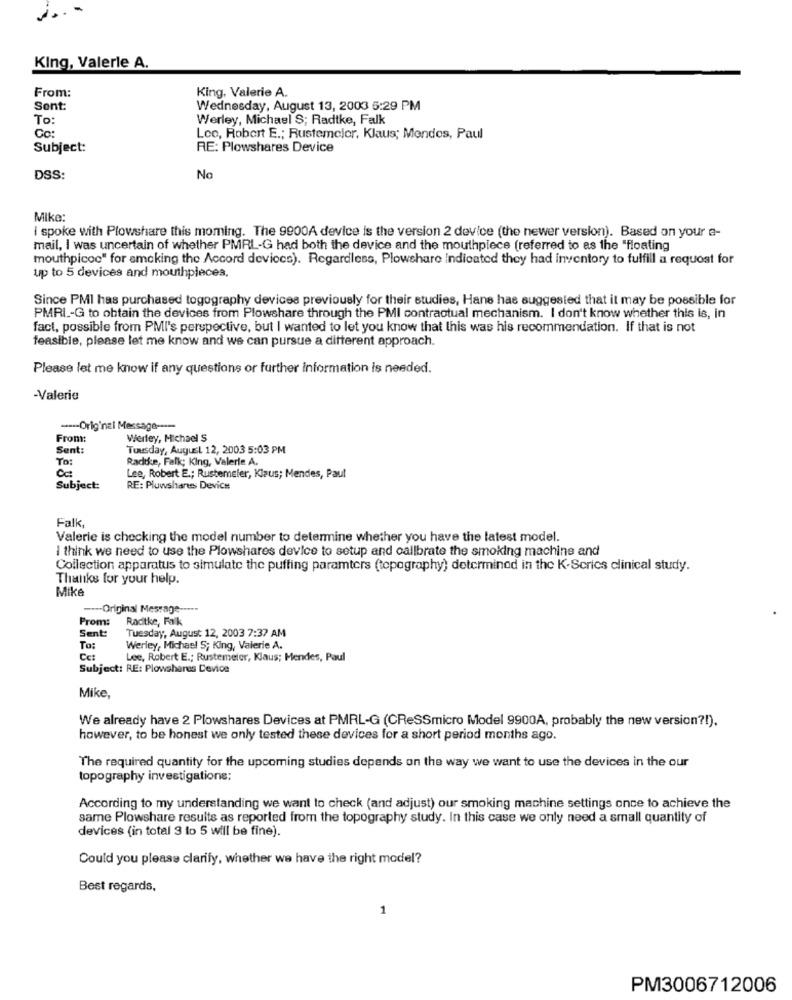
King, Valerle A.
From:
King, Valerie A.
Sent:
Wednesday, August 13, 2003 5:29 PM
To:
Werley, Michael S; Radtke, Falk
Cc:
Loo, Robert E .; Rustemeler, Klaus; Mendes, Paul
Subject:
RE: Plowshares Device
DSS:
No
Mike:
I spoke with Plowshare this moming. The 9900A device is the version 2 device (the newer version). Based on your e-
mail, I was uncertain of whether PMRL-G had both the device and the mouthpiece (referred to as the "floating
mouthpicoc" for smoking the Accord deviocs). Regardless, Plowshare indicated they had inventory to fulfill a request for
up to 5 devices and mouthpieces.
Since PMI has purchased togography devices previously for their studies, Hans has suggested that it may be possible for
PMRI .- G to obtain the devices from Plowshare through the PMI contractual mechanism. I don't know whether this is, in
fact, possible from PMI's perspective, but I wanted to let you know that this was his recommendation. If that is not
feasible, please let me know and we can pursue a different approach.
Please let me know if any questions or further information is needed.
-Valerie
----- Original Message ----
From:
Werley, Michael S
Sent:
Tuesday, August 12, 2003 5:03 PM
To:
Radtke, Falk; King, Valerie A.
00
Lee, Robert E .; Rustemeler, Klaus; Mendes, Paul
Subject:
RE: Pluwshares Device
Falk,
Valerie is checking the model number to determine whether you have the latest model.
I think we need to use the Plowshares device to setup and callbrate the smoking machine and
Collection apparatus to simulate the puffing paramters (topography) determined in the K-Series clinical study.
Thanks for your help.
Mike
---- Original Message -----
Prom:
Radtke, Falk
Sent:
Tuesday, August 12, 2003 7:37 AM
To:
Werley, Michael 5; King, Valerie A.
Cc:
Lee, Robert E .; Rustemeier, Klaus; Mendes, Paul
Subject: RE: Plowshares Device
Mike,
We already have 2 Plowshares Devices at PMRL-G (CReSSmicro Model 9900A, probably the new version ?! ).
however, to be honest we only tested these devices for a short period months ago.
The required quantity for the upcoming studies depends on the way we want to use the devices in the our
topography investigations:
According to my understanding we want to check (and adjust) our smoking machine settings once to achieve the
same Plowshare results as reported from the topography study. In this case we only need a small quantity of
devices (in total 3 to 5 will be fine).
Could you please clarify, whether we have the right model?
Best regards,
1
PM3006712006